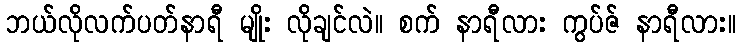
ဘယ်လိုလက်ပတ်နာရီ မျိုး လိုချင်လဲ။ စက် နာရီလား ကွပ်ဇ် နာရီလား။